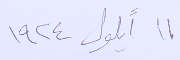
١١ أيلول ١٩٢٤